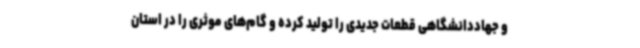
و جهاددانشگاهی قطعات جدیدی را تولید کرده و گام‌های موثری را در استان